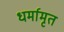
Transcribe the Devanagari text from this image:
धर्मामृत